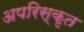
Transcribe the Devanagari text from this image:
अपरिस्कृत